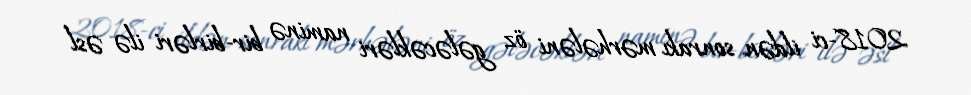
2018-ci ildən sonrakı mərhələni öz gələcəkləri naminə bir-birləri ilə əsl